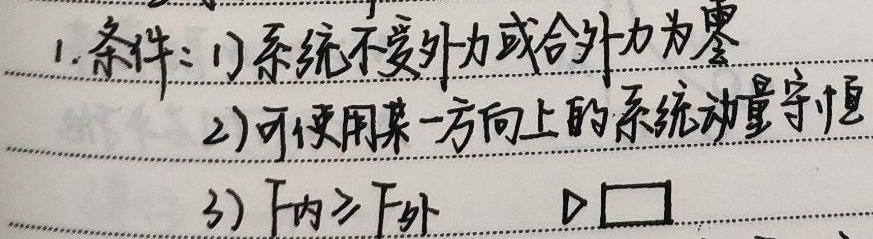
1. 条件：
    1) 系统不受外力或合外力为零
    2) 可使用某一方向上的系统动量守恒
    3) \(F_{内}\gg F_{外}\)  $\triangleright \square$